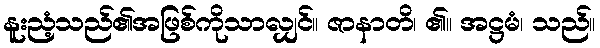
နူးညံ့သည်၏အဖြစ်ကိုသာလျှင်။ ဇာနာတိ၊ ၏။ အဋ္ဌမံ၊ သည်။